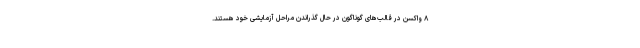
۸ واکسن در قالب‌های گوناگون در حال گذراندن مراحل آزمایشی خود هستند.